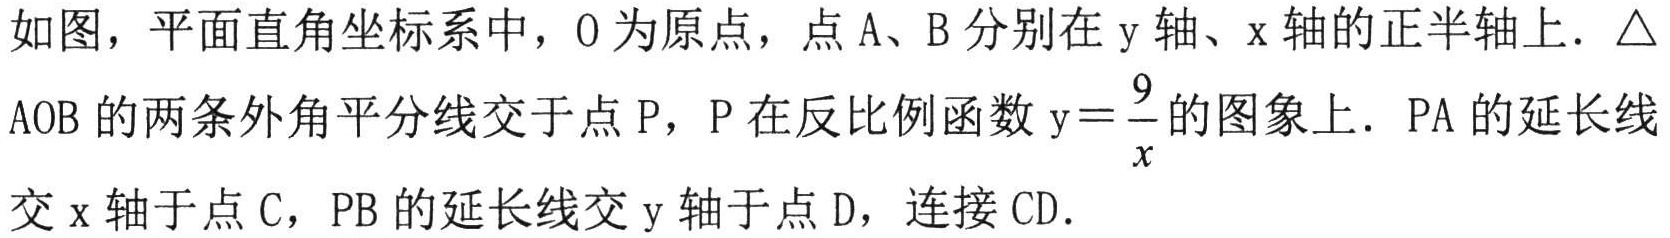
如图，平面直角坐标系中，\(O\)为原点，点\(A\)、\(B\)分别在\(y\)轴、\(x\)轴的正半轴上．\(\triangle AOB\)的两条外角平分线交于点\(P\)，\(P\)在反比例函数\(y = \dfrac{9}{x}\)的图象上．\(PA\)的延长线交\(x\)轴于点\(C\)，\(PB\)的延长线交\(y\)轴于点\(D\)，连接\(CD\)．